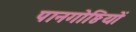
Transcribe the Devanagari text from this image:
पानगोष्ठियों